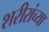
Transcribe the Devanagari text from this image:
शरीरांच्या